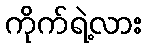
ကိုက်ရဲ့လား